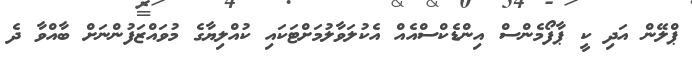
ޕްލޭން އަދި ކީ ޕާފޯމެންސް އިންޑެކްސްއެއް އެކުލަވާލުމަށްޓަކައި ކުއްލިޔާގެ މުވައްޒަފުންނަށް ބާއްވާ ދެ